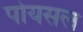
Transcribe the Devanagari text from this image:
पोयसल